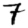
Digit: 7